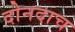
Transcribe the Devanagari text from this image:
दोनदाच